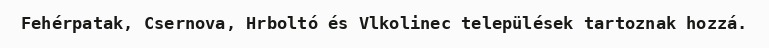
Fehérpatak, Csernova, Hrboltó és Vlkolinec települések tartoznak hozzá.